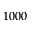
1 0 0 0